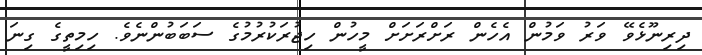
ދިރިނޫޅެވޭ ވަރު ވަމުން އެހެން ރަށްރަށަށް މީހުން ހިޖުރަކުރުމުގެ ސަބަބުންނެވެ. ހިމިތީގެ ގިނަ